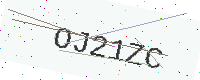
Text: OJ21ZC